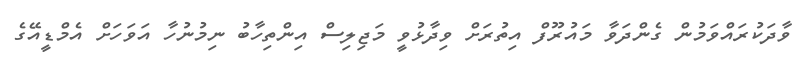
ވާދަކުރައްވަމުން ގެންދަވާ މައުރޫފް އިތުރަށް ވިދާޅުވީ މަޖިލިސް އިންތިހާބު ނިމުނުހާ އަވަހަށް އެމްޑީއޭގެ